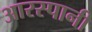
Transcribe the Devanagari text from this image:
आरस्पानी